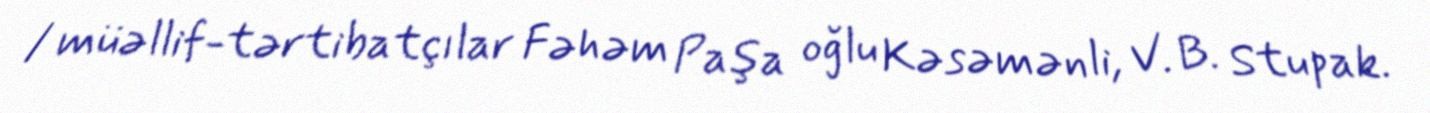
/ müəllif-tərtibatçılar Fəhəm Paşa oğlu Kəsəmənli, V. B. Stupak.